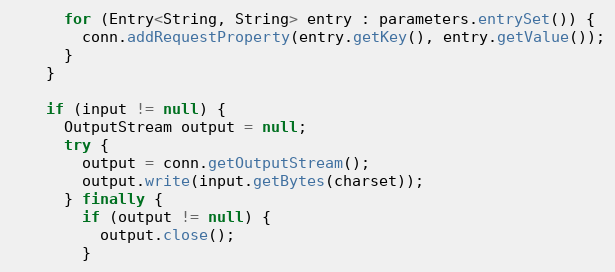
Language: Java
      for (Entry<String, String> entry : parameters.entrySet()) {
        conn.addRequestProperty(entry.getKey(), entry.getValue());
      }
    }

    if (input != null) {
      OutputStream output = null;
      try {
        output = conn.getOutputStream();
        output.write(input.getBytes(charset));
      } finally {
        if (output != null) {
          output.close();
        }